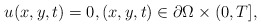
\begin{align*} u(x,y,t)=0,(x,y,t)\in\partial\Omega\times (0,T], \end{align*}